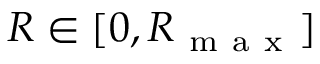
R \in [ 0 , R _ { \mathrm { ~ m ~ a ~ x ~ } } ]